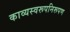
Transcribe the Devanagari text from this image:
काव्यस्वरूपनिरूपण